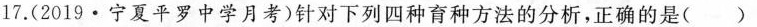
17.(2019·宁夏平罗中学月考)针对下列四种育种方法的分析，正确的是()